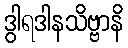
ဒွါရဒါနသိဗ္ဗာနိ